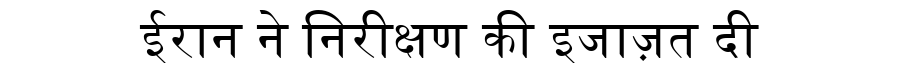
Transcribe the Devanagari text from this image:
ईरान ने निरीक्षण की इजाज़त दी